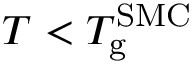
T < T _ { \mathrm { g } } ^ { \mathrm { S M C } }